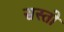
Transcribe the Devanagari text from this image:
सस्तो